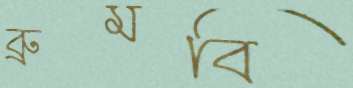
ব্রুমবি